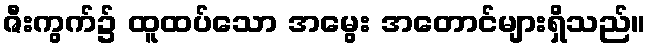
ဇီးကွက်၌ ထူထပ်သော အမွေး အတောင်များရှိသည်။